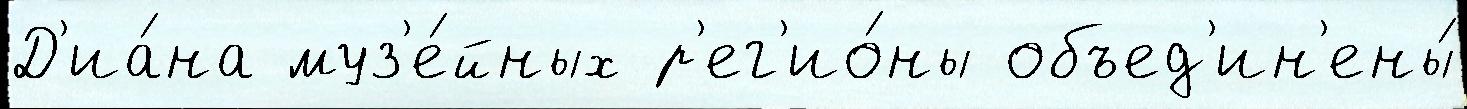
Д'иа́на муз'е́йных р'ег'ио́ны объед'ин'ены́